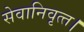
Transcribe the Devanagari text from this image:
सेवानिवृत्‍त।